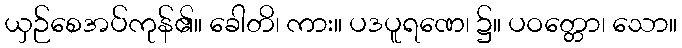
ယှဉ်စေအပ်ကုန်၏။ ခေါတိ၊ ကား။ ပဒပူရဏေ၊ ၌။ ပဝတ္တော၊ သော။